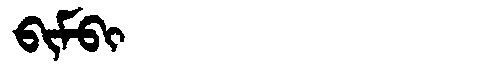
Manchu: ᠪᡳᠮᠪᡳ
Romanization: BIMBI